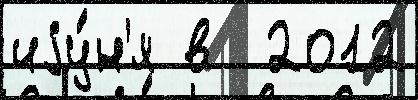
иjу́н'я в  2012